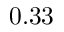
0 . 3 3